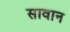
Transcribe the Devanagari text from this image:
सावान